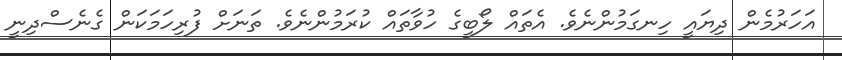
އަހަރުމެން ދިޔައީ ހިނގަމުންނެވެ. އެތައް ލޯބީގެ ހުވާތައް ކުރަމުންނެވެ. ތަނަށް ފުރިހަމަކަން ގެނެސްދިނީ